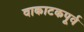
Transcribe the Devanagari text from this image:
वाकाटकपूर्व